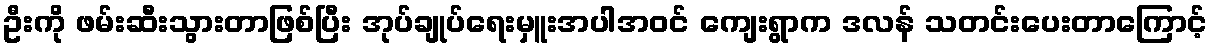
ဦးကို ဖမ်းဆီးသွားတာဖြစ်ပြီး အုပ်ချုပ်ရေးမှူးအပါအဝင် ကျေးရွာက ဒလန် သတင်းပေးတာကြောင့်